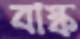
বাস্ক